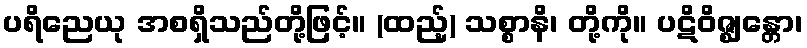
ပရိညေယု အစရှိသည်တို့ဖြင့်။ (ထည့်) သစ္စာနိ၊ တို့ကို။ ပဋိဝိဇ္ဈန္တော၊